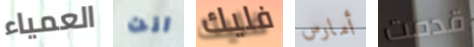
العمياء انت فليك أمارس قدمت